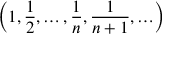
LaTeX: \left( 1 , { \frac { 1 } { 2 } } , \ldots , { \frac { 1 } { n } } , { \frac { 1 } { n + 1 } } , \ldots \right)